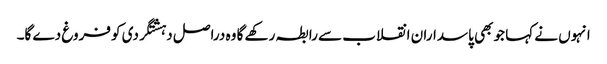
انہوں نے کہا جو بھی پاسداران انقلاب سے رابطہ رکھے گا وہ دراصل دہشتگردی کو فروغ دے گا۔